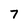
Character: 7